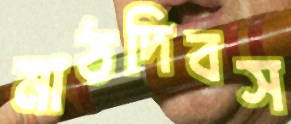
মাঠদিবস